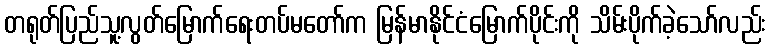
တရုတ်ပြည်သူ့လွတ်မြောက်ရေးတပ်မတော်က မြန်မာနိုင်ငံမြောက်ပိုင်းကို သိမ်းပိုက်ခဲ့သော်လည်း